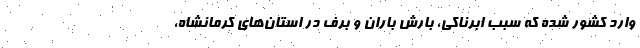
وارد کشور شده که سبب ابرناکی، بارش باران و برف در استان‌های کرمانشاه،